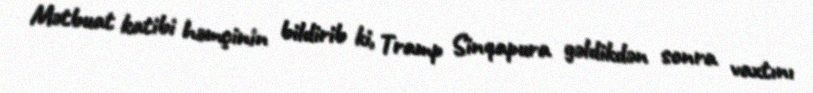
Mətbuat katibi həmçinin bildirib ki, Tramp Sinqapura gəldikdən sonra vaxtını